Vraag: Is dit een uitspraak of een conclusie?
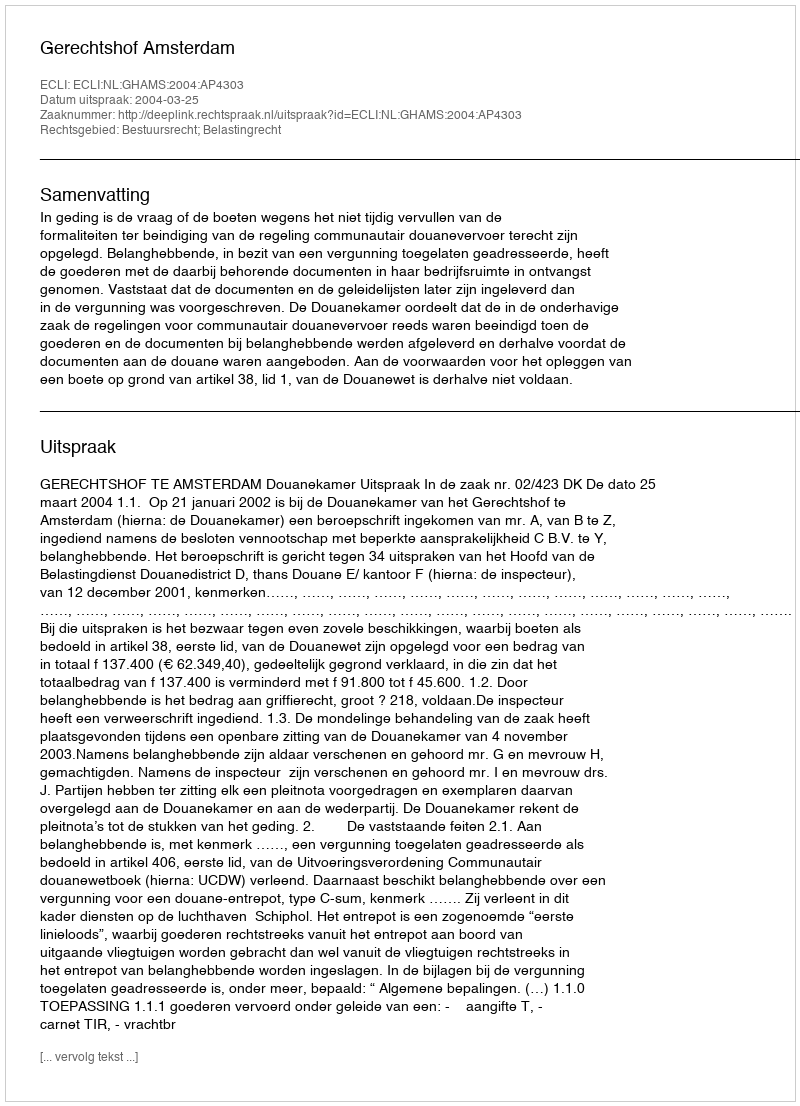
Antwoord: Uitspraak